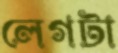
লেগটা